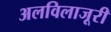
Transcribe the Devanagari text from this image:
अलविलाजूरी